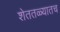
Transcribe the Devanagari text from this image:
शेततळ्यातच